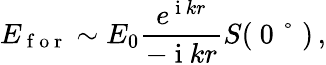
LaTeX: E_{\mathrm{~f~o~r~}}\sim E_{0}\frac{e^{\mathrm{~i~}kr}}{-\mathrm{~i~}kr}S(\mathrm{~0~°~})\, ,